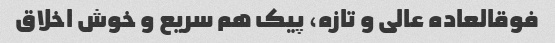
فوقالعاده عالی و تازه، پیک هم سریع و خوش اخلاق